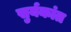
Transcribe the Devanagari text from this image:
सुर्यकांत